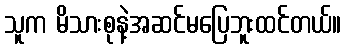
သူက မိသားစုနဲ့အဆင်မပြေဘူးထင်တယ်။